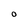
Character: O